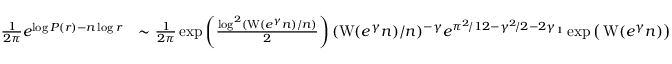
\begin{array} { r l } { \frac { 1 } { 2 \pi } e ^ { \log P ( r ) - n \log r } } & { \sim \frac { 1 } { 2 \pi } \exp \left( \frac { \log ^ { 2 } ( \operatorname { W } ( e ^ { \gamma } n ) / n ) } { 2 } \right) ( \operatorname { W } ( e ^ { \gamma } n ) / n ) ^ { - \gamma } e ^ { \pi ^ { 2 } \! / 1 2 - \gamma ^ { 2 } \! / 2 - 2 \gamma _ { 1 } } \exp \big ( \operatorname { W } ( e ^ { \gamma } n ) \big ) } \end{array}